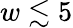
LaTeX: w\lesssim 5